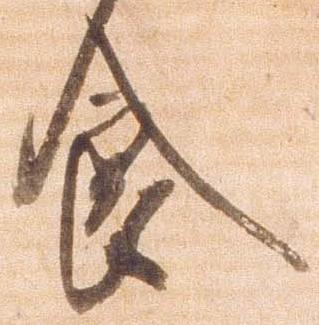
食